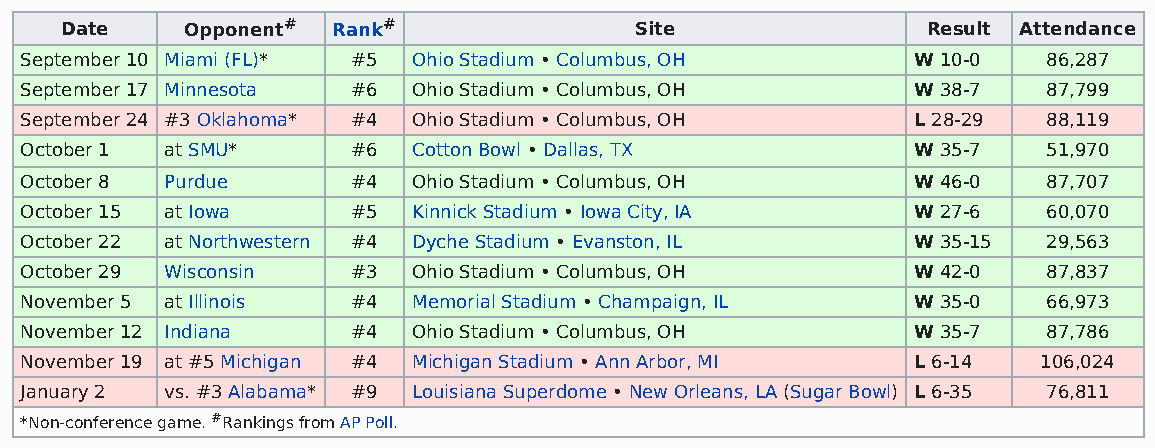
Date    Opponent# Rank#               Site               Result Attendance
 September 10 Miami (FL)* #5 Ohio Stadium • Columbus, OH    W 10-0   86,287
 September 17 Minnesota #6 Ohio Stadium • Columbus, OH      W 38-7   87,799
 September 24 #3 Oklahoma* #4 Ohio Stadium • Columbus, OH   L 28-29  88,119
 October 1 at SMU*     #6  Cotton Bowl • Dallas, TX         W 35-7   51,970
 October 8 Purdue      #4  Ohio Stadium • Columbus, OH      W 46-0   87,707
 October 15 at Iowa    #5  Kinnick Stadium • Iowa City, IA  W 27-6   60,070
 October 22 at Northwestern #4 Dyche Stadium • Evanston, IL W 35-15  29,563
 October 29 Wisconsin  #3  Ohio Stadium • Columbus, OH      W 42-0   87,837
 November 5 at Illinois #4 Memorial Stadium • Champaign, IL W 35-0   66,973
 November 12 Indiana   #4  Ohio Stadium • Columbus, OH      W 35-7   87,786
 November 19 at #5 Michigan #4 Michigan Stadium • Ann Arbor, MI L 6-14 106,024
 January 2 vs. #3 Alabama* #9 Louisiana Superdome • New Orleans, LA (Sugar Bowl) L 6-35 76,811
 *Non-conference game. #Rankings from AP Poll.